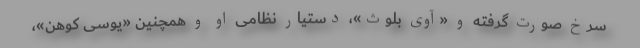
سرخ صورت گرفته و «آوی بلوث»، دستیار نظامی او و همچنین «یوسی کوهن»،